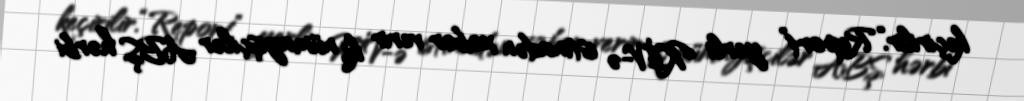
keçirilir.“Report” yerli KİV-ə istinadən xəbər verir ki, nümayişçilər ABŞ hərbi